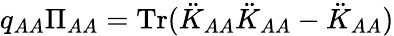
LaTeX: q_{AA}\Pi_{AA}=\mathrm{Tr}(\ddot{K}_{AA}\ddot{K}_{AA}-\ddot{K}_{AA})